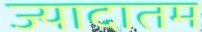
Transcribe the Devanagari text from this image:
ज्यादातम